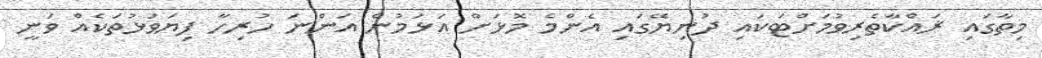
މިތާގައި ޜައްކާތެރިވުމަށްޓަކައި ދުނިޔޭގައި އެންމެ މޮޅަށް އަޅަމުން އަންނަ ހުރިހާ ފިޔަވަޅުތަކެއް ވަނީ